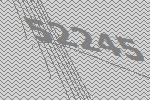
52245